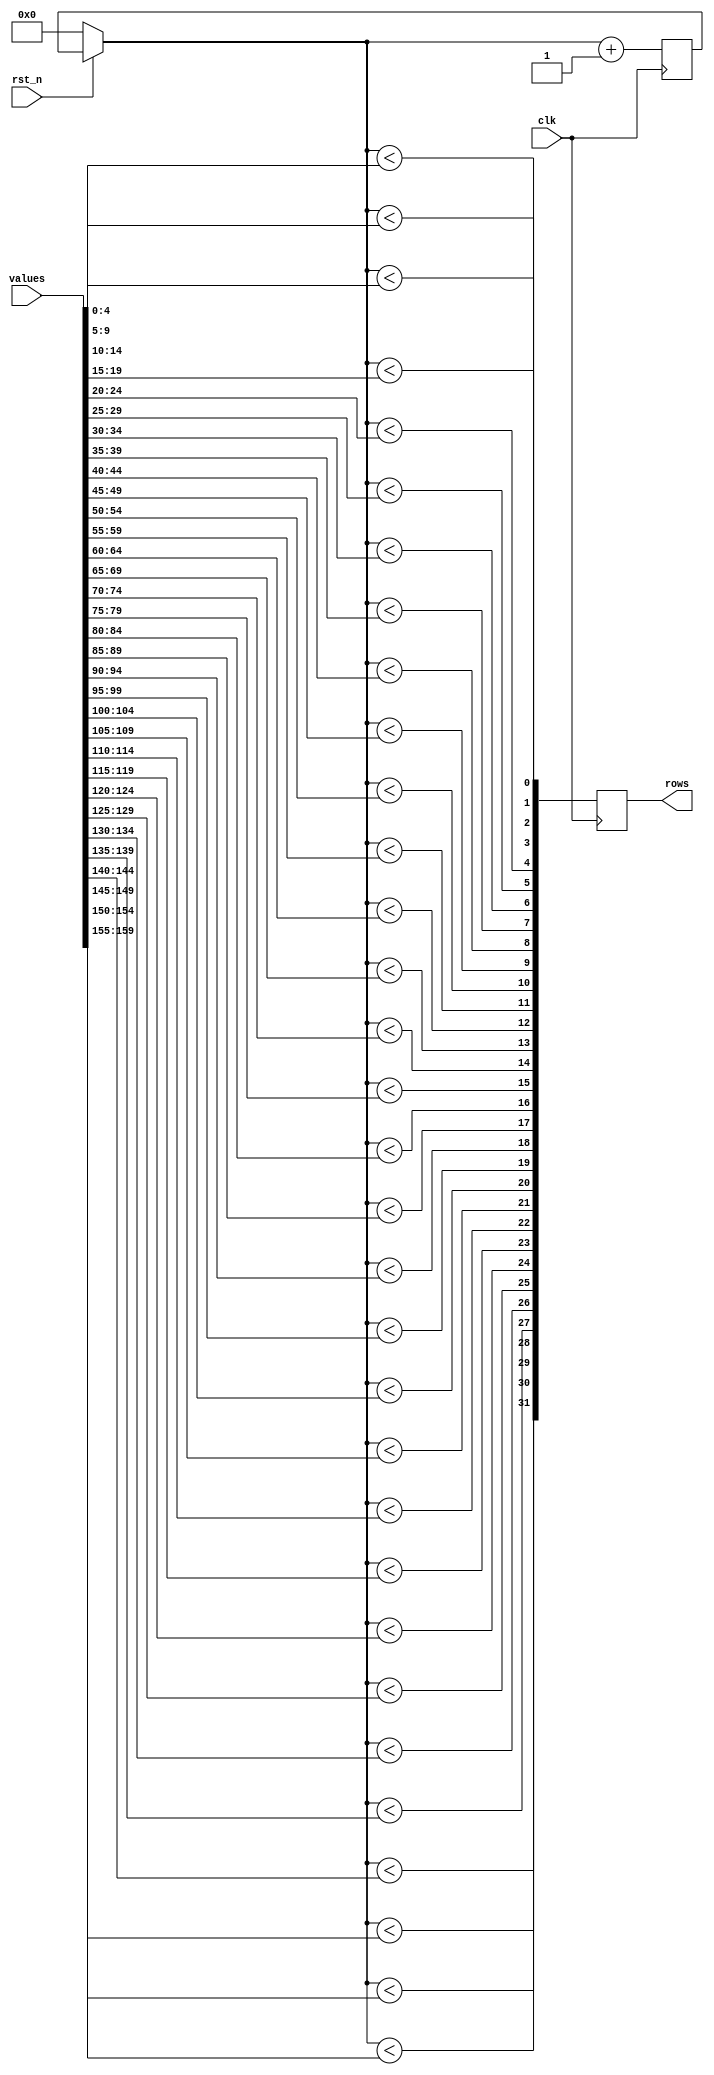
module shader(input clk,
              input              rst_n,
              input [(32*5-1):0] values,
              output reg [31:0]  rows
              );
   
   reg [4:0]                     n;
   
   always @(posedge clk) begin
      if (!rst_n)
        n = 0;

      // icarus verilog doesn't implement the generate statement.
`define pulse(i) rows[i] = n < values[4+(5*i):(5*i)]

      `pulse(0);
      `pulse(1);
      `pulse(2);
      `pulse(3);
      `pulse(4);
      `pulse(5);
      `pulse(6);
      `pulse(7);
      `pulse(8);
      `pulse(9);
      `pulse(10);
      `pulse(11);
      `pulse(12);
      `pulse(13);
      `pulse(14);
      `pulse(15);
      `pulse(16);
      `pulse(17);
      `pulse(18);
      `pulse(19);
      `pulse(20);
      `pulse(21);
      `pulse(22);
      `pulse(23);
      `pulse(24);
      `pulse(25);
      `pulse(26);
      `pulse(27);
      `pulse(28);
      `pulse(29);
      `pulse(30);
      `pulse(31);

      n = n+1;
   end
   
endmodule